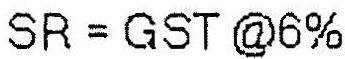
SR = GST @6%